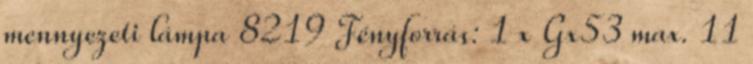
mennyezeti lámpa 8219 Fényforrás: 1 x Gx53 max. 11